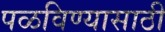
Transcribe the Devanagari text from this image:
पळविण्यासाठी